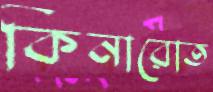
কিনারোত